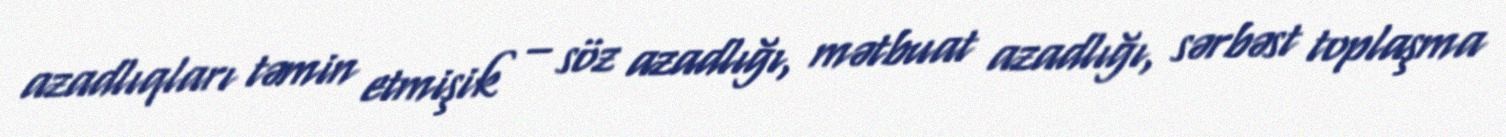
azadlıqları təmin etmişik – söz azadlığı, mətbuat azadlığı, sərbəst toplaşma